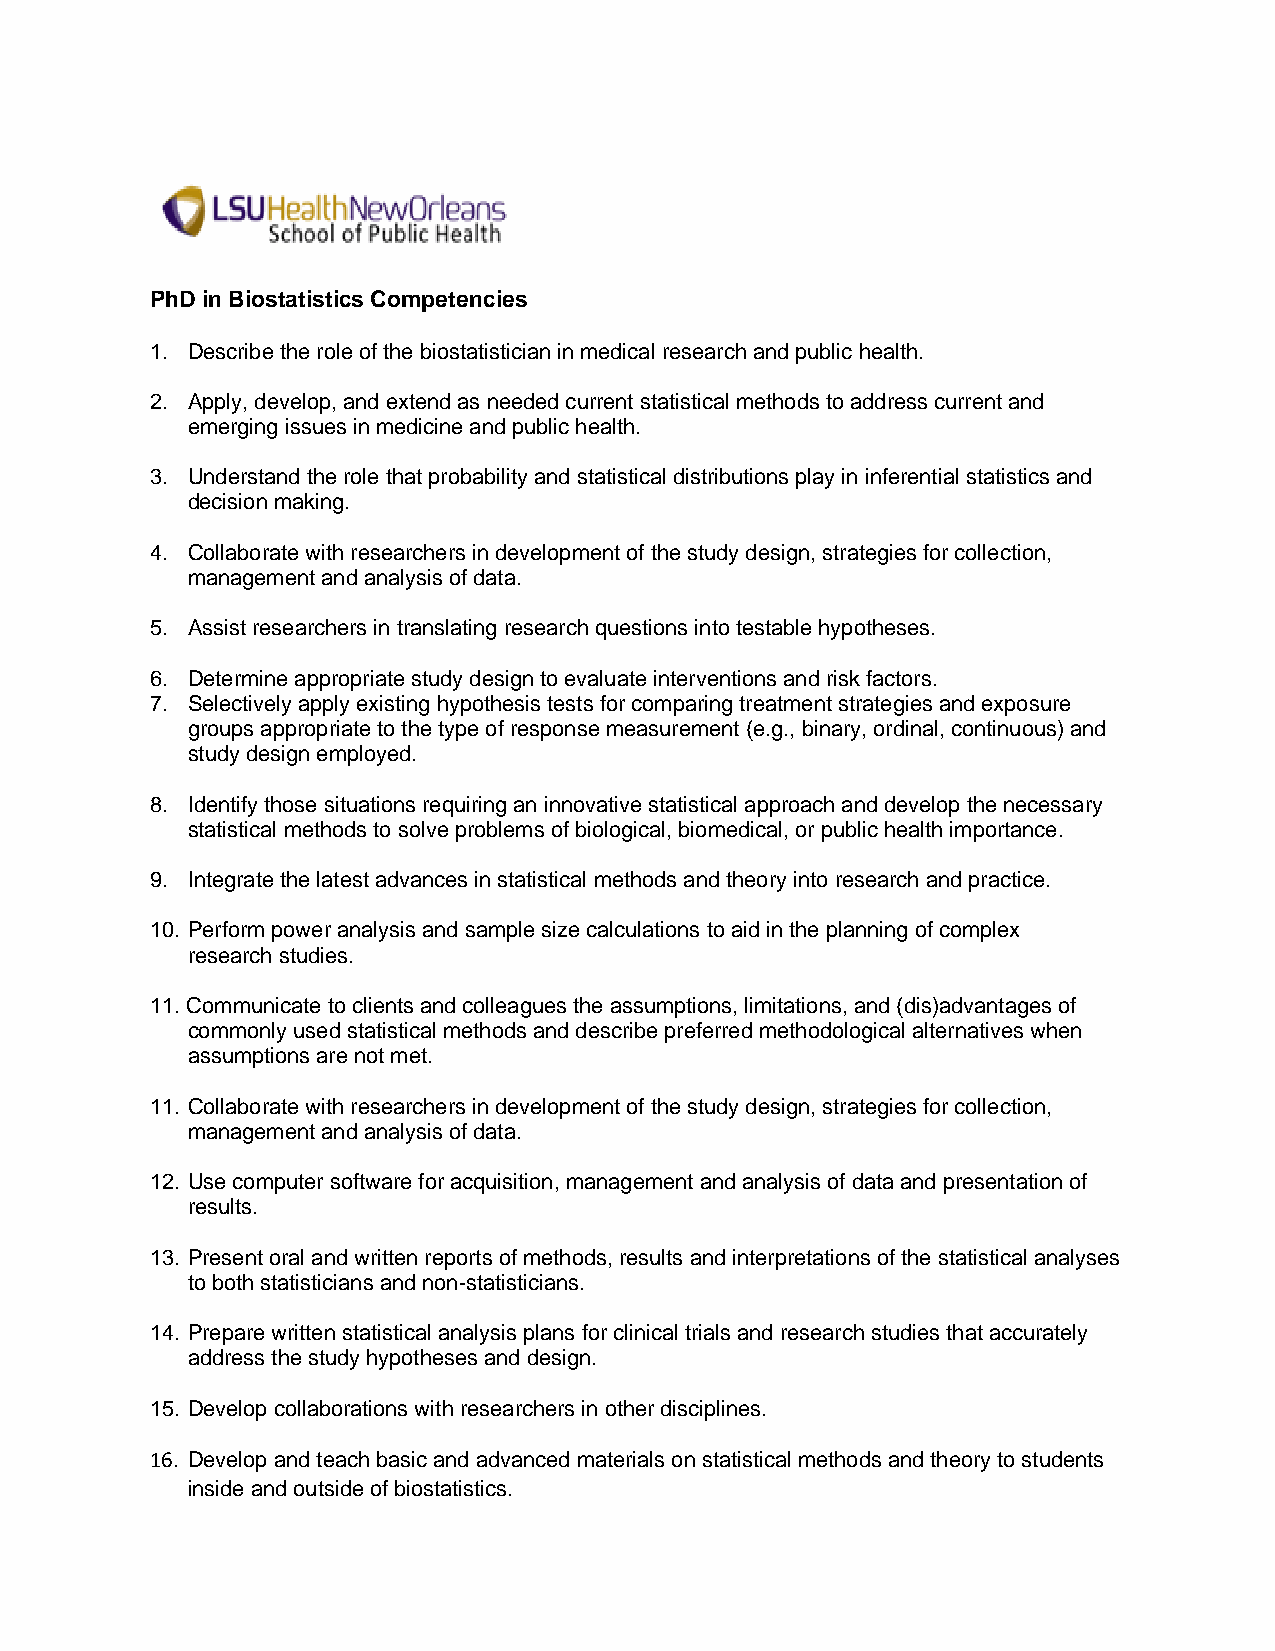
PhD in Biostatistics Competencies
 1. Describe the role of the biostatistician in medical research and public health.
 2. Apply, develop, and extend as needed current statistical methods to address current and
 emerging issues in medicine and public health.
 3. Understand the role that probability and statistical distributions play in inferential statistics and
 decision making.
 4. Collaborate with researchers in development of the study design, strategies for collection,
 management and analysis of data.
 5. Assist researchers in translating research questions into testable hypotheses.
 6. Determine appropriate study design to evaluate interventions and risk factors.
 7. Selectively apply existing hypothesis tests for comparing treatment strategies and exposure
 groups appropriate to the type of response measurement (e.g., binary, ordinal, continuous) and
 study design employed.
 8. Identify those situations requiring an innovative statistical approach and develop the necessary
 statistical methods to solve problems of biological, biomedical, or public health importance.
 9. Integrate the latest advances in statistical methods and theory into research and practice.
 10. Perform power analysis and sample size calculations to aid in the planning of complex
 research studies.
 11. Communicate to clients and colleagues the assumptions, limitations, and (dis)advantages of
 commonly used statistical methods and describe preferred methodological alternatives when
 assumptions are not met.
 11. Collaborate with researchers in development of the study design, strategies for collection,
 management and analysis of data.
 12. Use computer software for acquisition, management and analysis of data and presentation of
 results.
 13. Present oral and written reports of methods, results and interpretations of the statistical analyses
 to both statisticians and non-statisticians.
 14. Prepare written statistical analysis plans for clinical trials and research studies that accurately
 address the study hypotheses and design.
 15. Develop collaborations with researchers in other disciplines.
 16. Develop and teach basic and advanced materials on statistical methods and theory to students
 inside and outside of biostatistics.